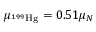
\mu _ { ^ { 1 9 9 } \mathrm { { H g } } } = 0 . 5 1 \mu _ { N }